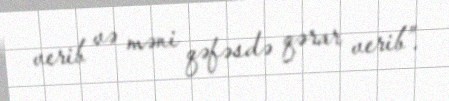
verib və məni qəfəsdə qərar verib”.